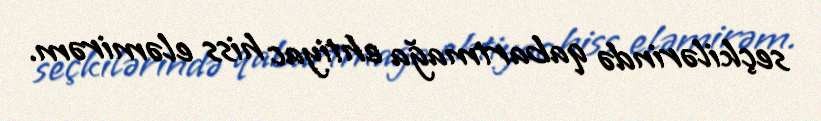
seçkilərində qabartmağa ehtiyac hiss eləmirəm.